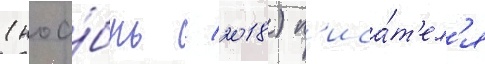
(ноа́брь / 2018) п'иса́т'ел'я